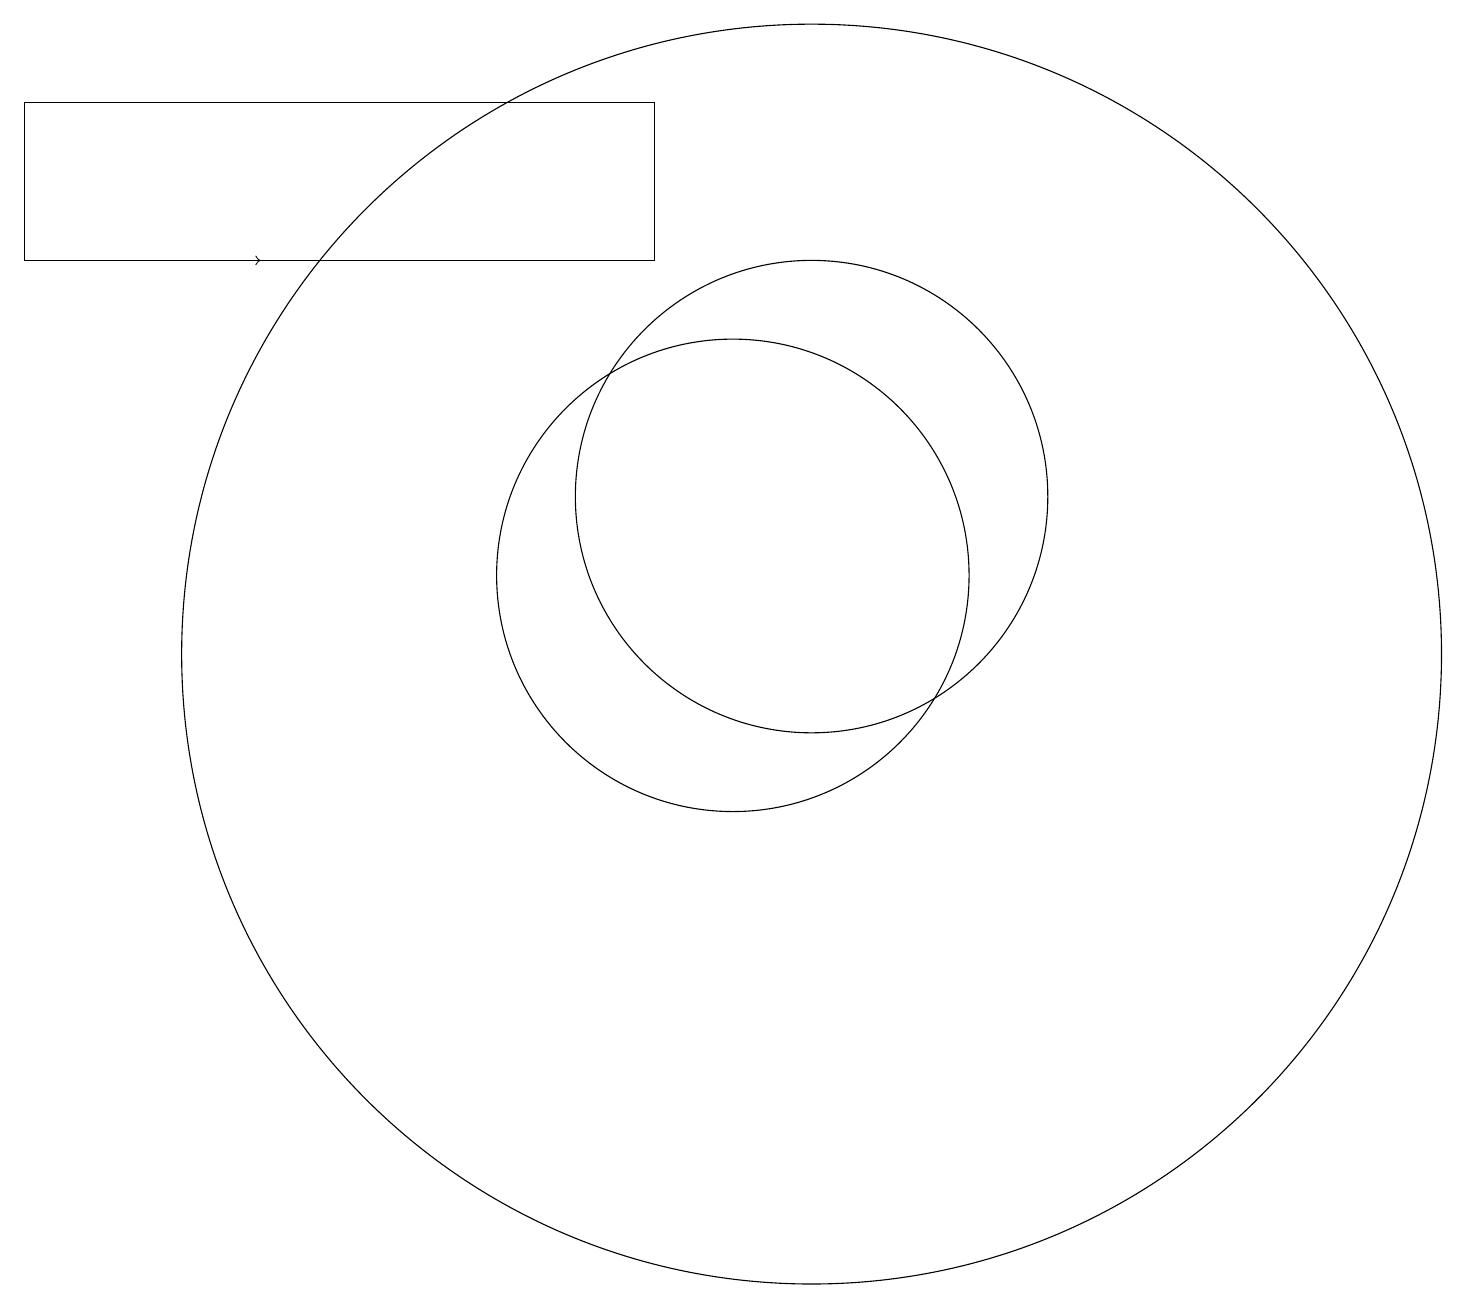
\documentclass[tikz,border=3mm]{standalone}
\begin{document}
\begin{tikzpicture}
\draw (1,15) rectangle (9,17);
\draw (11,12) circle (3);
\draw (11,10) circle (8);
\draw[->] (3,15) -- (4,15);
\draw (10,11) circle (3);
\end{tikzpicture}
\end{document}